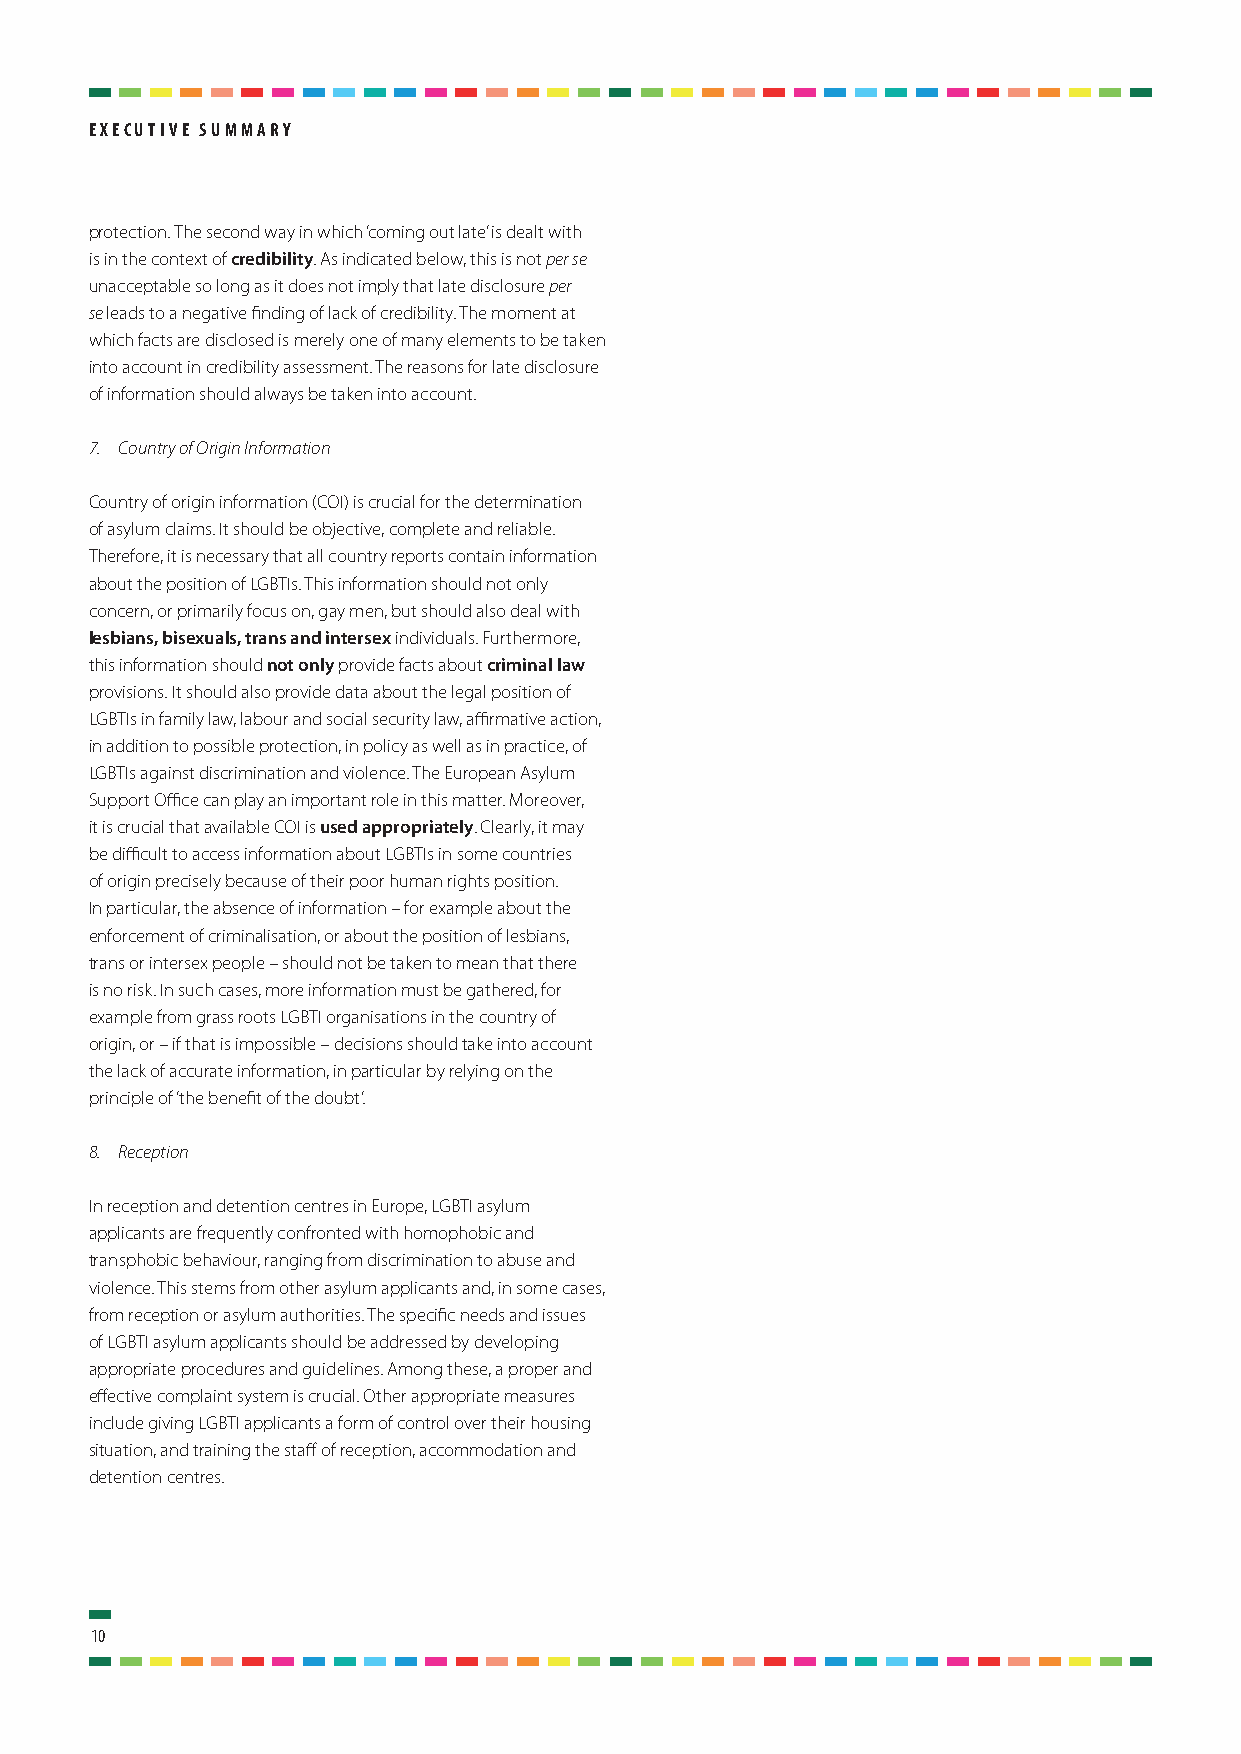
ExEcutivE Summary
 protection. The second way in which ‘coming out late’ is dealt with
 is in the context of credibility. As indicated below, this is not per se
 unacceptable so long as it does not imply that late disclosure per
 se leads to a negative finding of lack of credibility. The moment at
 which facts are disclosed is merely one of many elements to be taken
 into account in credibility assessment. The reasons for late disclosure
 of information should always be taken into account.
 7. Country of Origin Information
 Country of origin information (COI) is crucial for the determination
 of asylum claims. It should be objective, complete and reliable.
 Therefore, it is necessary that all country reports contain information
 about the position of LGBTIs. This information should not only
 concern, or primarily focus on, gay men, but should also deal with
 lesbians, bisexuals, trans and intersex individuals. Furthermore,
 this information should not only provide facts about criminal law
 provisions. It should also provide data about the legal position of
 LGBTIs in family law, labour and social security law, affirmative action,
 in addition to possible protection, in policy as well as in practice, of
 LGBTIs against discrimination and violence. The European Asylum
 Support Office can play an important role in this matter. Moreover,
 it is crucial that available COI is used appropriately. Clearly, it may
 be difficult to access information about LGBTIs in some countries
 of origin precisely because of their poor human rights position.
 In particular, the absence of information – for example about the
 enforcement of criminalisation, or about the position of lesbians,
 trans or intersex people – should not be taken to mean that there
 is no risk. In such cases, more information must be gathered, for
 example from grass roots LGBTI organisations in the country of
 origin, or – if that is impossible – decisions should take into account
 the lack of accurate information, in particular by relying on the
 principle of ‘the benefit of the doubt’.
 8. Reception
 In reception and detention centres in Europe, LGBTI asylum
 applicants are frequently confronted with homophobic and
 transphobic behaviour, ranging from discrimination to abuse and
 violence. This stems from other asylum applicants and, in some cases,
 from reception or asylum authorities. The specific needs and issues
 of LGBTI asylum applicants should be addressed by developing
 appropriate procedures and guidelines. Among these, a proper and
 effective complaint system is crucial. Other appropriate measures
 include giving LGBTI applicants a form of control over their housing
 situation, and training the staff of reception, accommodation and
 detention centres.
 10